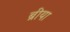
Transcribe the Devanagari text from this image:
ब्रीया